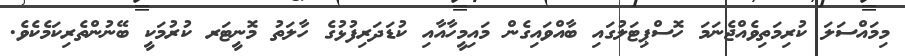
މިމައްސަލަ ކުރިމަތިވެއްޖެނަަމަ ހޮސްޕިޓަލުގައި ބާއްވައިގެން މައިމީހާއާއި ކުޑަދަރިފުޅުގެ ހާލަތު މޮނީޓަރ ކުރުމަކީ ބޭނުންތެރިކަމެކެވެ.